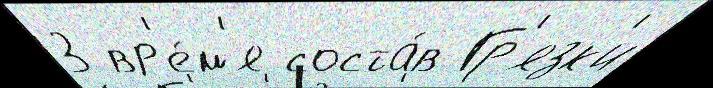
3 вр'е́м'я соста́в Гр'язк'и